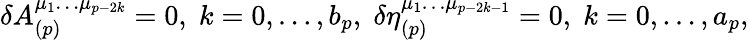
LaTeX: \delta A_{(p)}^{\mu_{1}\ldots\mu_{p-2k}}=0,\; k=0,\ldots,b_{p},\; \delta\eta_{(p)}^{\mu_{1}\ldots\mu_{p-2k-1}}=0,\; k=0,\ldots,a_{p},